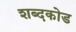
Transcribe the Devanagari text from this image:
शब्दकोड